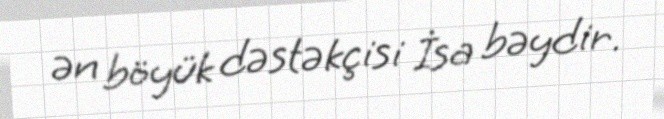
ən böyük dəstəkçisi İsa bəydir.